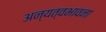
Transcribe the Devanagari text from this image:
अन्यत्वभावना